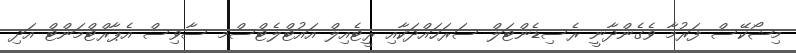
މިޝޯކޭސް ފަރުމާ ވެގެންދާނީ ރެސިޑެންޓަލް ސަރަހައްދަކާއި ރީޓެއިލް އައުޓްލެޓްސްމ ސާވިސް އެޕާރްޓްމަންޓް އަދި